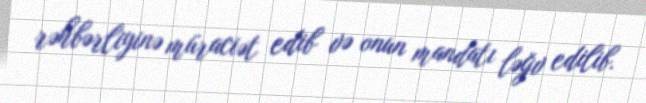
rəhbərliyinə müraciət edib və onun mandatı ləğv edilib.